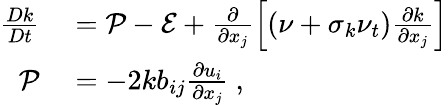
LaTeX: \begin{array}{rl}{\frac{Dk}{Dt}}&{{}=\mathcal{P}-\mathcal{E}+\frac{\partial}{\partial x_{j}}\left[\left(\nu+\sigma_{k}\nu_{t}\right)\frac{\partial k}{\partial x_{j}}\right]}\\ {\mathcal{P}}&{{}={-2k}b_{ij}\frac{\partial u_{i}}{\partial x_{j}}\mathrm{~,~}}\end{array}